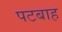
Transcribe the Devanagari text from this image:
पटबाह